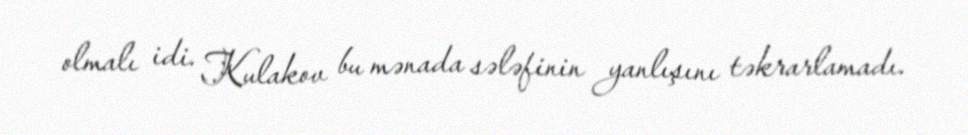
olmalı idi. Kulakov bu mənada sələfinin yanlışını təkrarlamadı.